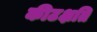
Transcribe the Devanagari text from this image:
कीटक्षति